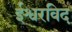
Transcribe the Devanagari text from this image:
ईश्वरविद